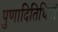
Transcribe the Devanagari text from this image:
पुणादितिथियां